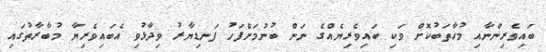
ބައިވެރިންނާއި މުޚާތަބުކޮށް ވަކި ބައިވެރިޔެއްގެ ނަން ބުނުމަށްފަހު ފަނޑިޔާރު ވިދާޅުވި އެބައިވެރިޔާ މުބާރާތުގައި